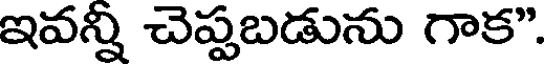
ఇవన్ని చెప్పబడును గాక".